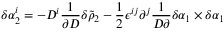
\delta \alpha _ { 2 } ^ { i } = - D ^ { i } { \frac { 1 } { \partial D } } \delta \tilde { \rho } _ { 2 } - { \frac { 1 } { 2 } } \epsilon ^ { i j } \partial ^ { j } { \frac { 1 } { D \partial } } \delta \alpha _ { 1 } \times \delta \alpha _ { 1 }